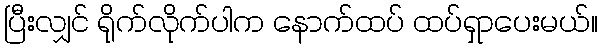
ပြီးလျှင် ရိုက်လိုက်ပါက နောက်ထပ် ထပ်ရှာပေးမယ်။